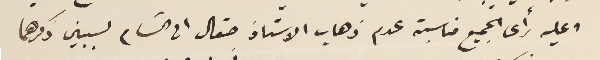
وعليه رأى الجميع مناسبة عدم ذهاب الاستاذ صقال الى الشام لسببين ذكرهما